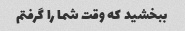
ببخشید که وقت شما را گرفتم